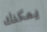
يمكنك